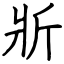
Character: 斨